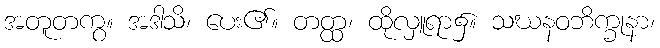
အတူတကွ။ အဒါသိ၊ ပေး၏။ တတ္ထ၊ ထိုလှူရာ၌။ သဃနဝဘိက္ခုနာ၊